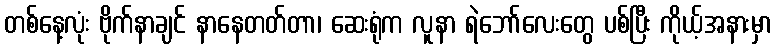
တစ်နေ့လုံး ဗိုက်နာချင် နာနေတတ်တာ၊ ဆေးရုံက လူနာ ရဲဘော်လေးတွေ ပစ်ပြီး ကိုယ့်အနားမှာ